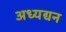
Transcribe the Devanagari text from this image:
अध्यद्यन